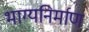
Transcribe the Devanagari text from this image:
भाग्यनिर्माण